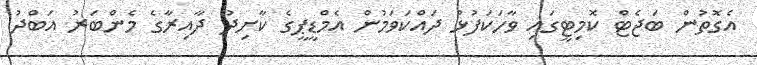
އެގޮތުން ބަޖެޓް ކޮމިޓީގައި ވާހަކަފުޅު ދައްކަވަމުން އެމްޑީޕީގެ ކާށިދޫ ދާއިރާގެ މެންބަރު އަބްދު